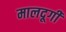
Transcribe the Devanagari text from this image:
मालदूगी